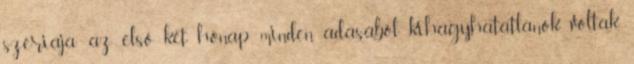
szériája: az első két hónap minden adásából kihagyhatatlanok voltak,